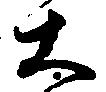
大